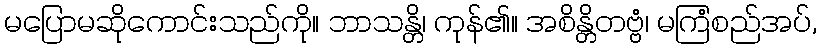
မပြောမဆိုကောင်းသည်ကို။ ဘာသန္တိ၊ ကုန်၏။ အစိန္တိတဗ္ဗံ၊ မကြံစည်အပ်,